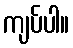
ကျပ်ပါ။